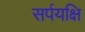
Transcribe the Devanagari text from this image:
सर्पयक्षि